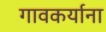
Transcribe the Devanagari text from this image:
गावकर्याना